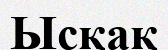
Ысқақ